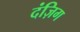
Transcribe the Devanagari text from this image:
दंज़िग